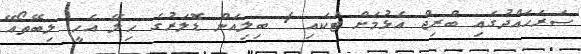
ސަރަހައްދުގައި ބްރިޖް އެޅުމަށް ޓަކައި 1 ބިލިއަން ޑޮލަރުގެ ހިލޭ އެހީ ލިބޭތޯއޭ